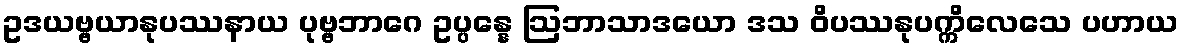
ဥဒယဗ္ဗယာနုပဿနာယ ပုဗ္ဗဘာဂေ ဥပ္ပန္နေ ဩဘာသာဒယော ဒသ ဝိပဿနုပက္ကိလေသေ ပဟာယ